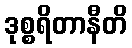
ဒုစ္စရိတာနီတိ